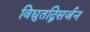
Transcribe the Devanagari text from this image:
विद्युतद्विसर्जन